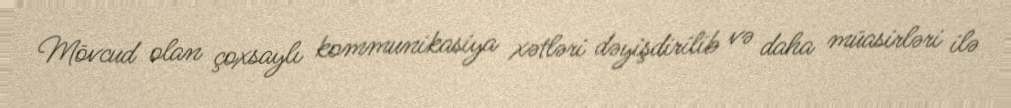
Mövcud olan çoxsaylı kommunikasiya xətləri dəyişdirilib və daha müasirləri ilə